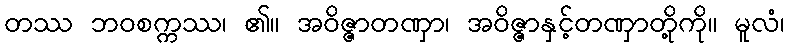
တဿ ဘဝစက္ကဿ၊ ၏။ အဝိဇ္ဇာတဏှာ၊ အဝိဇ္ဇာနှင့်တဏှာတို့ကို။ မူလံ၊